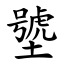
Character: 㙱